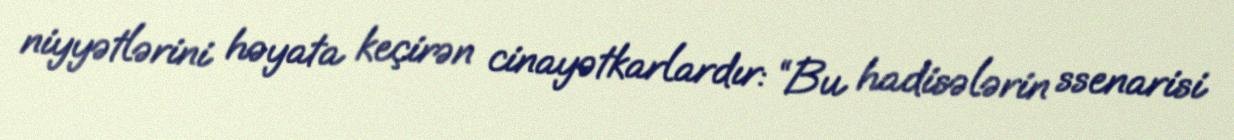
niyyətlərini həyata keçirən cinayətkarlardır: “Bu hadisələrin ssenarisi